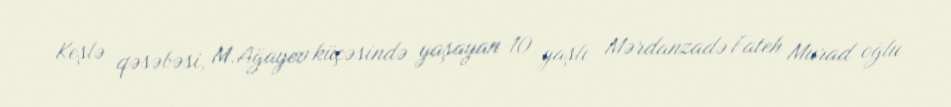
Keşlə qəsəbəsi, M.Ağayev küçəsində yaşayan 10 yaşlı Mərdanzadə Fateh Murad oğlu